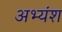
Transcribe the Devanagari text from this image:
अभ्यंश